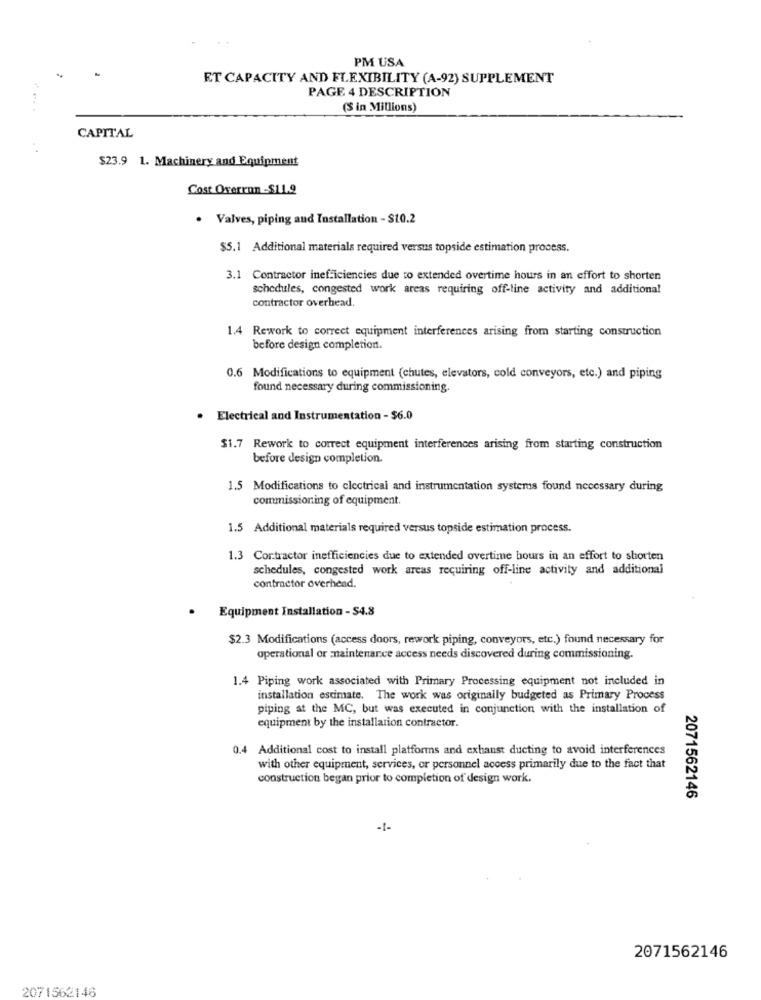
PM USA
ET CAPACITY AND FLEXIBILITY (A-92) SUPPLEMENT
PAGE 4 DESCRIPTION
...... .
(S in Millions)
CAPITAL
$23.9 1. Machinery and Equipment
Cost Oxerron -$11.9
. Valves, piping and Installation - $10.2
$5.1 Additional materials required versus topside estimation process.
3.1 Contractor inefficiencies due to extended overtime hours in an effort to shorten
schedules, congested work areas requiring off-line activity and additional
contractor overhead.
1.4 Rework to correct equipment interferences arising from starting construction
before design completion.
0.6 Modifications to equipment (chutes, elevators, cold conveyors, etc.) and piping
found necessary during commissioning.
. Electrical and Instrumentation - $6.0
$1.7 Rework to correct equipment interferences arising from starting construction
before design completion.
1.5 Modifications to clectrical and instrumentation systems found necessary during
commissioning of equipment.
1.5 Additional materials required versus topside estimation process.
1.3 Contractor inefficiencies due to extended overtime bours in an effort to shorten
schedules, congested work areas requiring off-line activity and additional
contractor overhead.
Equipment Installation - $4.8
$2.3 Modifications (access doors, rework piping, conveyors, etc.) found necessary for
operational or maintenance access needs discovered during commissioning.
1.4 Piping work associated with Primary Processing equipment not included in
installation estimate. The work was originally budgeted as Primary Process
piping at the MC, but was executed in conjunction with the installation of
equipment by the installation contractor.
0.4 Additional cost to install platforms and exhanst ducting to avoid interferences
with other equipment, services, or personnel access primarily due to the fact that
construction began prior to completion of design work.
2071562146
-I-
2071562146
2071562146